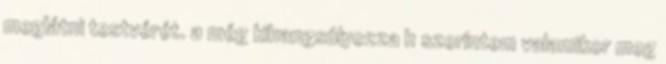
meglátni testvérét. a még kihangsúlyozza h szerintem valamikor meg